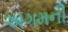
અગમની